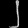
Digit: ၂